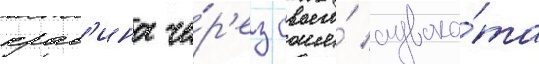
крас'ина че́р'ез своего́ адвока́та